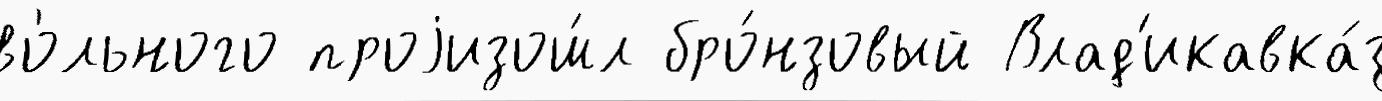
во́льного проjизош́л бро́нзовый Влад'икавка́з